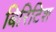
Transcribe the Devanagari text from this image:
बिरिटिश